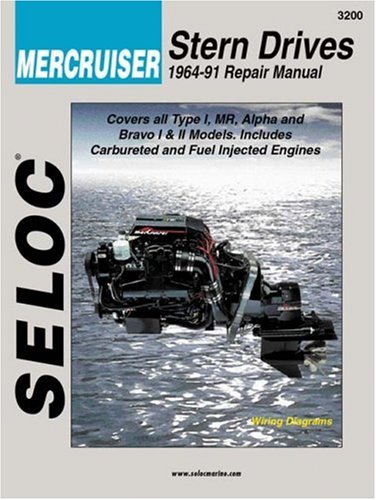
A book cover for Mercruiser Stern Drives 1964 - 1991 (Seloc Marine Tune-Up and Repair Manuals); Seloc; Engineering & Transportation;